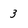
Character: 3